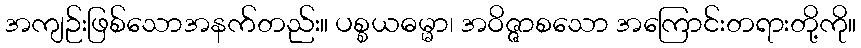
အကျဉ်းဖြစ်သောအနက်တည်း။ ပစ္စယဓမ္မာ၊ အဝိဇ္ဇာစသော အကြောင်းတရားတို့ကို။